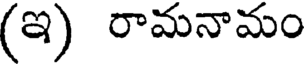
(ఇ) రామనామం